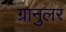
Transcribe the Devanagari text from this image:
ग्रानुलर